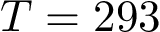
T = 2 9 3